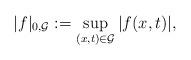
LaTeX: \begin{align*}& |f|_{0,\mathcal{G}} := \sup_{(x,t) \in \mathcal{G}} |f(x,t)|,\end{align*}